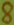
Text: 8